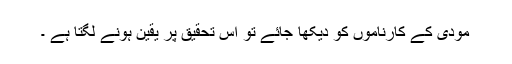
مودی کے کارناموں کو دیکھا جائے تو اس تحقیق پر یقین ہونے لگتا ہے ۔